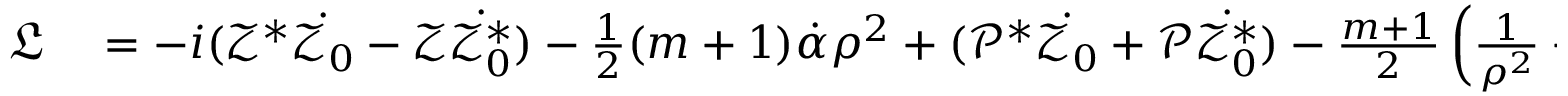
\begin{array} { r l } { \mathfrak { L } } & { { } = - i ( \mathcal { Z } ^ { * } \dot { \mathcal { Z } _ { 0 } } - \mathcal { Z } \dot { \mathcal { Z } _ { 0 } ^ { * } } ) - \frac { 1 } { 2 } ( m + 1 ) \dot { \mathcal { \alpha } } \rho ^ { 2 } + ( \mathcal { P } ^ { * } \dot { \mathcal { Z } _ { 0 } } + \mathcal { P } \dot { \mathcal { Z } _ { 0 } ^ { * } } ) - \frac { m + 1 } { 2 } \left( \frac { 1 } { \rho ^ { 2 } } + \alpha ^ { 2 } \rho ^ { 2 } \right) } \end{array}